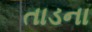
તાડના